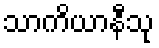
သာကိယာနီသု